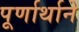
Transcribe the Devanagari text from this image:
पूर्णार्थाने